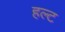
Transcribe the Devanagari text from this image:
हल्ट